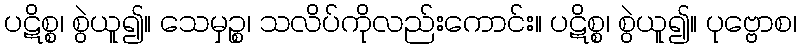
ပဋိစ္စ၊ စွဲယူ၍။ သေမှဉ္စ၊ သလိပ်ကိုလည်းကောင်း။ ပဋိစ္စ၊ စွဲယူ၍။ ပုဗ္ဗောစ၊